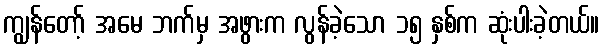
ကျွန်တော့် အမေ ဘက်မှ အဖွားက လွန်ခဲ့သော ၁၅ နှစ်က ဆုံးပါးခဲ့တယ်။